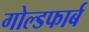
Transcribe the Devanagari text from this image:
गोल्डफार्ब